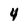
Character: 4